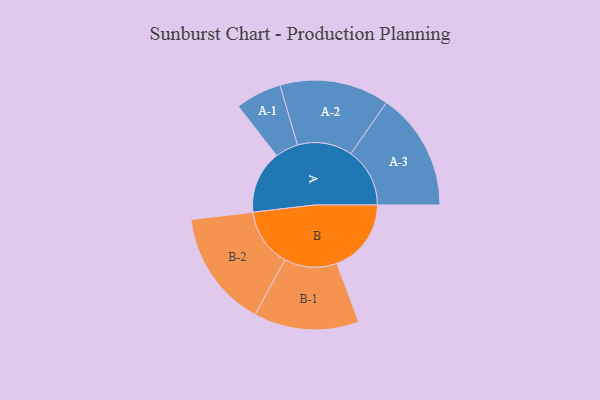
{"axis": {"x": "Segment", "y": "Value"}, "legend": ["", "A", "B"], "data": [{"x": "A", "y": 319, "type": ""}, {"x": "B", "y": 377, "type": ""}, {"x": "A-1", "y": 117, "type": "A"}, {"x": "A-2", "y": 278, "type": "A"}, {"x": "A-3", "y": 299, "type": "A"}, {"x": "B-1", "y": 267, "type": "B"}, {"x": "B-2", "y": 297, "type": "B"}]}